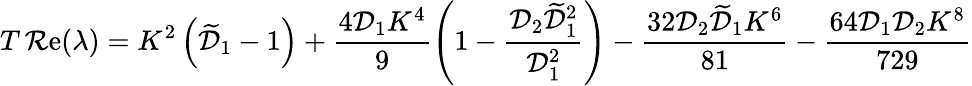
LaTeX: T\operatorname{\mathcal{R}e}(\lambda)=K^{2}\left(\widetilde{{\mathcal{{D}}}}_{1}-1\right)+\frac{{4\mathcal{{D}}_{1}K^{4}}}{{9}}\left(1-\frac{{\mathcal{{D}}_{2}\widetilde{{\mathcal{{D}}}}_{1}^{2}}}{{\mathcal{{D}}_{1}^{2}}}\right)-\frac{{32\mathcal{{D}}_{2}\widetilde{{\mathcal{{D}}}}_{1}K^{6}}}{{81}}-\frac{{64\mathcal{{D}}_{1}\mathcal{{D}}_{2}K^{8}}}{{729}}